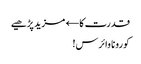
قدرت کا← مزید پڑھیے
کورونا وائرس!